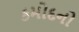
કમોદનો